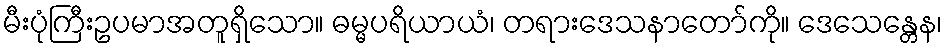
မီးပုံကြီးဥပမာအတူရှိသော။ ဓမ္မပရိယာယံ၊ တရားဒေသနာတော်ကို။ ဒေသေန္တေန၊